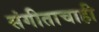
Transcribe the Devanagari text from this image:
संगीताचाही